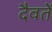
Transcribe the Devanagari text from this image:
दैवतें